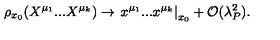
\rho _ { x _ { 0 } } ( X ^ { \mu _ { 1 } } . . . X ^ { \mu _ { k } } ) \rightarrow \left. x ^ { \mu _ { 1 } } . . . x ^ { \mu _ { k } } \right| _ { x _ { 0 } } + { \cal O } ( \lambda _ { P } ^ { 2 } ) .